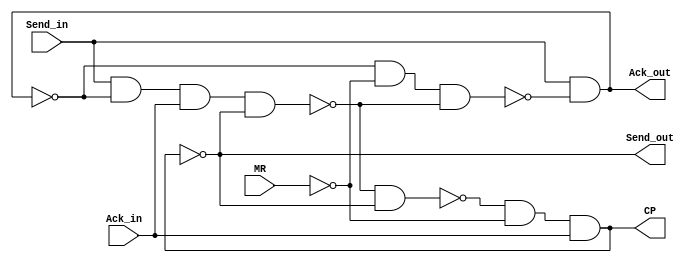
`timescale 1ns/1ns
module CF (
    input Send_in, Ack_in, MR,
    output Ack_out, Send_out, CP
);
/* LBLDLALCC */
localparam DELAY = 4;
localparam D_HALF = DELAY / 2;

wire nand1_out, nand2_out, nand3_out, nand4_out, nand5_out;
wire not1_out, LA_out, LB_out, LC_out, LD_out;

assign not1_out = ~MR;
assign nand1_out = ~(Send_in & nand2_out);
assign nand2_out = ~(nand1_out & not1_out & nand3_out);
assign nand3_out = ~(Send_in & LA_out & Ack_in & LC_out);
assign nand4_out = ~(nand3_out & nand5_out);
assign nand5_out = ~(nand4_out & not1_out & Ack_in);
assign #DELAY  LA_out = nand1_out;
assign #D_HALF LB_out = nand1_out;
assign #DELAY  LC_out = nand5_out;
assign #D_HALF LD_out = LC_out;

assign Ack_out = ~LB_out;
assign Send_out = LD_out;
assign CP = ~nand5_out;
    
endmodule